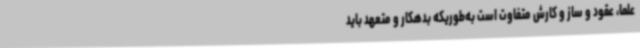
علما، عقود و ساز و کارش متفاوت است به‌طوریکه بدهکار و متعهد باید